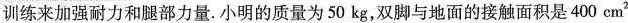
训练来加强耐力和腿部力量。小明的质量为50kg，双脚与地面的接触面积是400cm^{2}